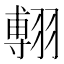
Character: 𦑵